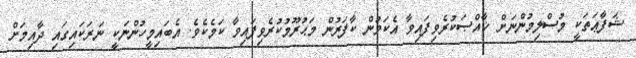
ޝަފާޢަތަކީ މުސްލިމުންނަށް ޚާއްޞަކުރެވިފައިވާ އެކަމުން ކާފަރުން މަޙުރޫމުކުރެވިފައިވާ ކަމެކެވެ. އެބައިމީހުންނަކީ ނަރަކައިގައި ދާއިމަށް